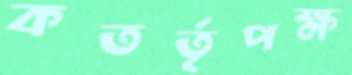
কতর্তৃপক্ষ